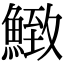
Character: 𩹈